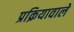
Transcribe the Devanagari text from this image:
प्रक्रियावाले